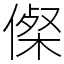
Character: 𠍇